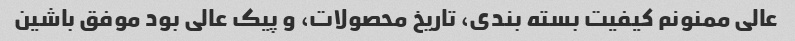
عالی ممنونم کیفیت بسته بندی، تاریخ محصولات، و پیک عالی بود موفق باشین